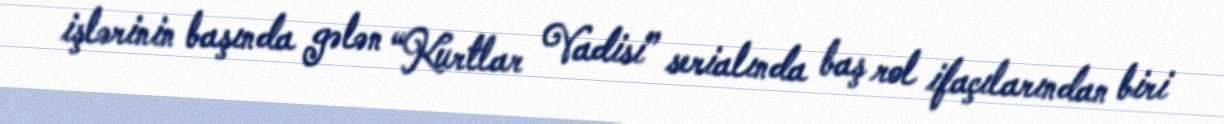
işlərinin başında gələn “Kurtlar Vadisi” serialında baş rol ifaçılarından biri